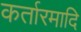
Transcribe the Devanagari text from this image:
कर्तारमादि